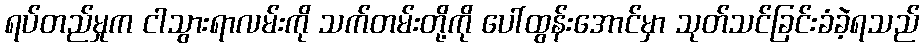
ရပ်တည်မှုက ငါသွားရာလမ်းကို သက်တမ်းတို့ကို ပေါ်ထွန်းအောင်မှာ သုတ်သင်ခြင်းခံခဲ့ရသည်